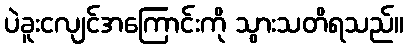
ပဲခူးငလျင်အကြောင်းကို သွားသတိရသည်။